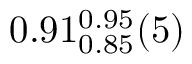
0 . 9 1 _ { 0 . 8 5 } ^ { 0 . 9 5 } ( 5 )